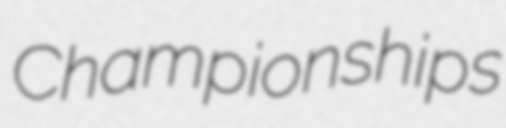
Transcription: Championships